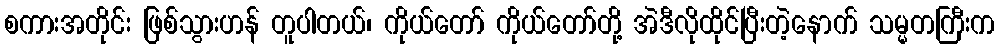
စကားအတိုင်း ဖြစ်သွားဟန် တူပါတယ်၊ ကိုယ်တော် ကိုယ်တော်တို့ အဲဒီလိုထိုင်ပြီးတဲ့နောက် သမ္မတကြီးက